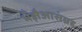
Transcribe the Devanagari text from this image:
भँड़ौआसंग्रह